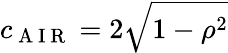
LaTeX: c_{\mathrm{~A~I~R~}}=2\sqrt{1-\rho^{2}}